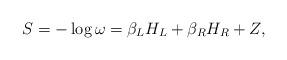
LaTeX: \begin{align*}S = - \log \omega = \beta_L H_L + \beta_R H_R +Z,\end{align*}